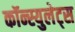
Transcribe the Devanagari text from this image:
कॉन्स्युलेट्स